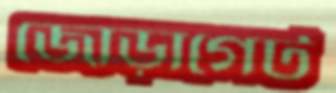
জোড়াগেট